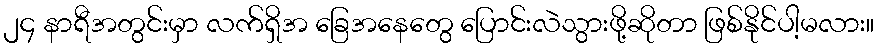
၂၄ နာရီအတွင်းမှာ လက်ရှိအ ခြေအနေတွေ ပြောင်းလဲသွားဖို့ဆိုတာ ဖြစ်နိုင်ပါ့မလား။